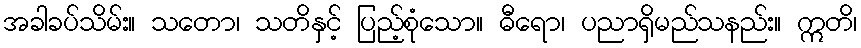
အခါခပ်သိမ်း။ သတော၊ သတိနှင့် ပြည့်စုံသော။ ဓီရော၊ ပညာရှိမည်သနည်း။ ဣတိ၊